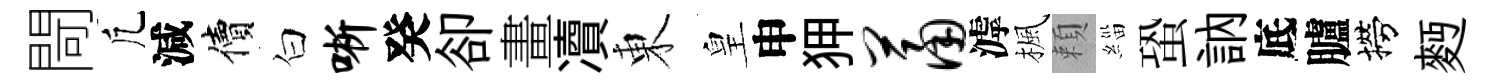
閜凢減價白晰癸卻畫凟東皇申狎萧滹楓頼緇蛩訥底臚撈麪